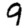
Digit: 9